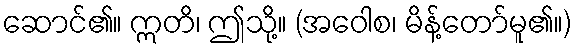
ဆောင်၏။ ဣတိ၊ ဤသို့။ (အဝေါစ၊ မိန့်တော်မူ၏။)